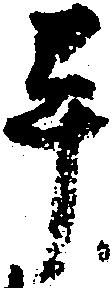
畢